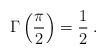
LaTeX: \begin{align*}\Gamma\left(\frac{\pi}{2}\right)=\frac12\;.\end{align*}